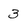
Character: 3